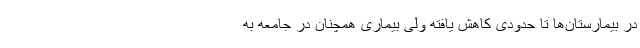
در بیمارستان‌ها تا حدودی کاهش یافته ولی بیماری همچنان در جامعه به